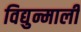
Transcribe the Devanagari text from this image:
विद्युन्माली